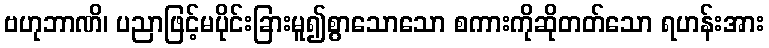
ဗဟုဘာဏိ၊ ပညာဖြင့်မပိုင်းခြားမူ၍စွာသောသော စကားကိုဆိုတတ်သော ရဟန်းအား